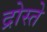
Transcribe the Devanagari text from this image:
द्रोस्ते